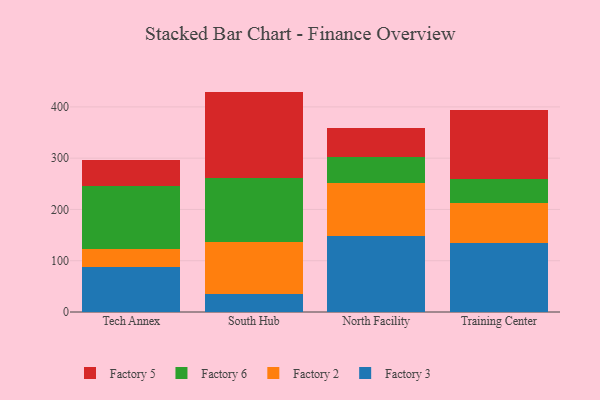
{"axis": {"x": "Campus", "y": "Headcount"}, "legend": ["Factory 2", "Factory 3", "Factory 5", "Factory 6"], "data": [{"x": "Tech Annex", "y": 88.0, "type": "Factory 3"}, {"x": "Tech Annex", "y": 34.8, "type": "Factory 2"}, {"x": "Tech Annex", "y": 123.8, "type": "Factory 6"}, {"x": "Tech Annex", "y": 50.0, "type": "Factory 5"}, {"x": "South Hub", "y": 35.0, "type": "Factory 3"}, {"x": "South Hub", "y": 102.1, "type": "Factory 2"}, {"x": "South Hub", "y": 124.2, "type": "Factory 6"}, {"x": "South Hub", "y": 168.5, "type": "Factory 5"}, {"x": "North Facility", "y": 147.3, "type": "Factory 3"}, {"x": "North Facility", "y": 105.2, "type": "Factory 2"}, {"x": "North Facility", "y": 49.7, "type": "Factory 6"}, {"x": "North Facility", "y": 55.9, "type": "Factory 5"}, {"x": "Training Center", "y": 135.5, "type": "Factory 3"}, {"x": "Training Center", "y": 76.9, "type": "Factory 2"}, {"x": "Training Center", "y": 47.0, "type": "Factory 6"}, {"x": "Training Center", "y": 134.5, "type": "Factory 5"}]}